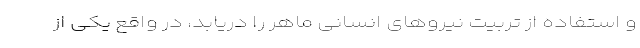
و استفاده از تربیت نیرو‌های انسانی ماهر را دریابد، در واقع یکی از